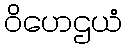
ဝိဟေဌယံ